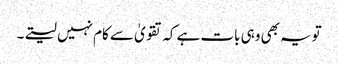
تویہ بھی وہی بات ہے کہ تقویٰ سے کام نہیں لیتے۔